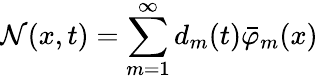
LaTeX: \mathcal{N}(x,t)=\sum_{m=1}^{\infty}d_{m}(t)\bar{\varphi}_{m}(x)